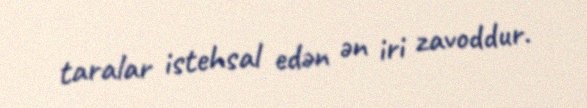
taralar istehsal edən ən iri zavoddur.